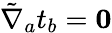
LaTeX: \tilde{\nabla}_{a}t_{b}=\mathbf{0}